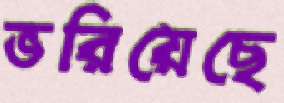
ভরিয়েছে